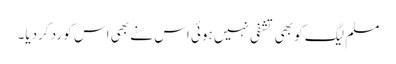
مسلم لیگ کو بھی تشفی نہیں ہوئی اس نے بھی اس کو رد کردیا۔